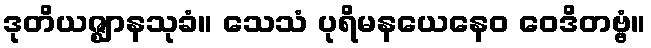
ဒုတိယဇ္ဈာနသုခံ။ သေသံ ပုရိမနယေနေဝ ဝေဒိတဗ္ဗံ။